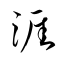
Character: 涯